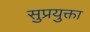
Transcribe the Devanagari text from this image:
सुप्रयुक्ता